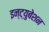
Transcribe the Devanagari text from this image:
इन्ट्युबेशन